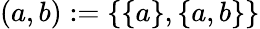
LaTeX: (a,b):=\{ \{ a\} ,\{ a,b\} \}